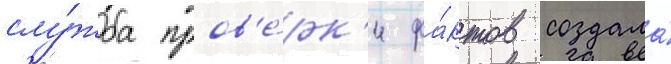
слу́жба пров'е́рк'и фа́ктов создала́